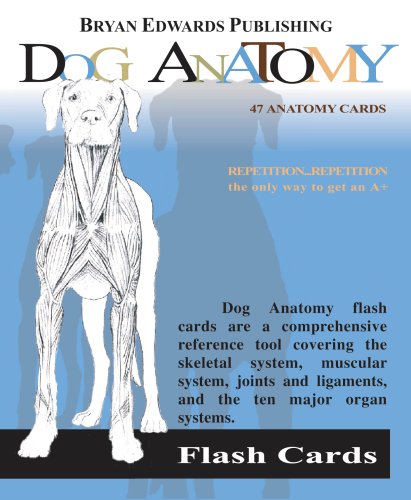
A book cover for Dog Anatomy; Medical Books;